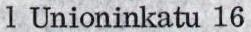
1 Unioninkatu 16